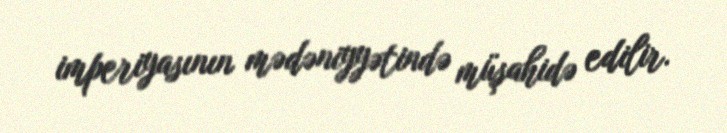
imperiyasının mədəniyyətində müşahidə edilir.